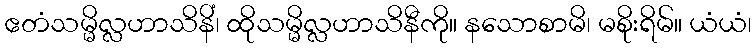
ဧတံသမ္မိလ္လဟာသိနိံ၊ ထိုသမ္မိလ္လဟာသိနီကို။ နသောစာမိ၊ မစိုးရိမ်။ ယံယံ၊